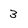
Character: 3